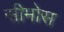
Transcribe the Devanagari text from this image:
सीमोस